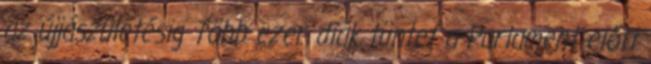
az újjászületésig Több ezer diák tüntet a Parlament előtt